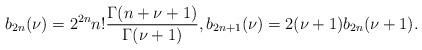
LaTeX: \begin{align*} \displaystyle b_{2n}(\nu)=2^{2n}n!\frac{\Gamma (n+\nu+1)}{\Gamma (\nu+1)},b_{2n+1}(\nu)=2(\nu+1) b_{2n}(\nu+1). \end{align*}